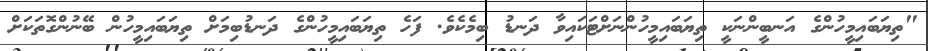
"ތިޔަބައިމީހުންގެ އަނބީންނަކީ ތިޔަބައިމީހުންނަށްޓަކައިވާ ދަނޑު ބިމެކެވެ. ފަހެ ތިޔަބައިމީހުންގެ ދަނޑުބިމަށް ތިޔަބައިމީހުން ބޭނުންގޮތަކަށް